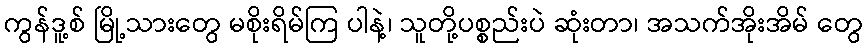
ကွန်ဒူ့စ် မြို့သားတွေ မစိုးရိမ်ကြ ပါနဲ့၊ သူတို့ပစ္စည်းပဲ ဆုံးတာ၊ အသက်အိုးအိမ် တွေ